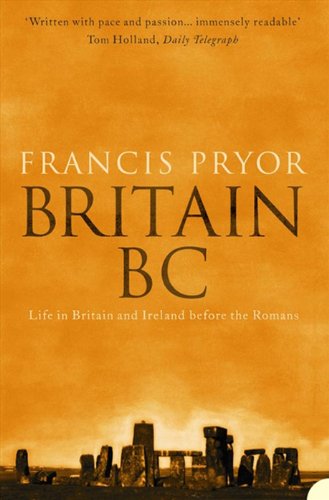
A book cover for Britain BC: Life in Britain and Ireland Before the Romans; Francis Pryor; History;